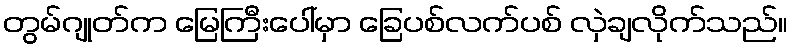
တွမ်ဂျုတ်က မြေကြီးပေါ်မှာ ခြေပစ်လက်ပစ် လှဲချလိုက်သည်။